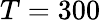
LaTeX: T=300